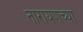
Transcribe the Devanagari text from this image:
नारायणच्या